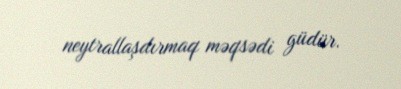
neytrallaşdırmaq məqsədi güdür.